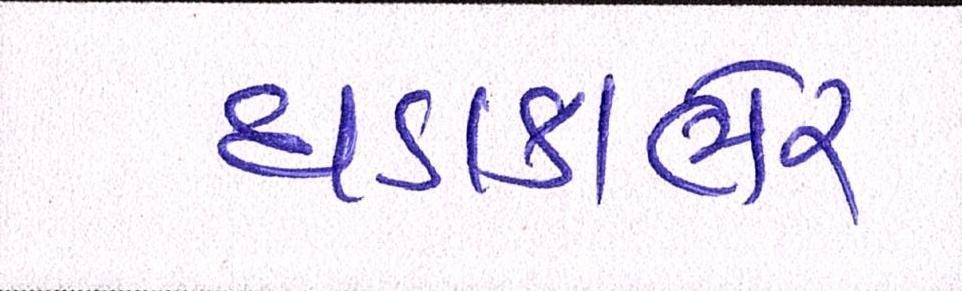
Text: ધડાકાભેર